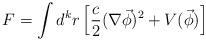
LaTeX: \begin{align*}F=\int d^kr\left[ \frac c2(\nabla \vec \phi )^2+V(\vec \phi)\right]\end{align*}